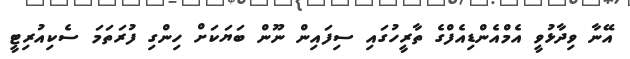
އޭނާ ވިދާޅުވީ އެމްއެންޑިއެފްގެ ތާރީހުގައި ސިފައިން ނޫން ބަޔަކަށް ހިންގި ފުރަތަމަ ސެކިއުރިޓީ